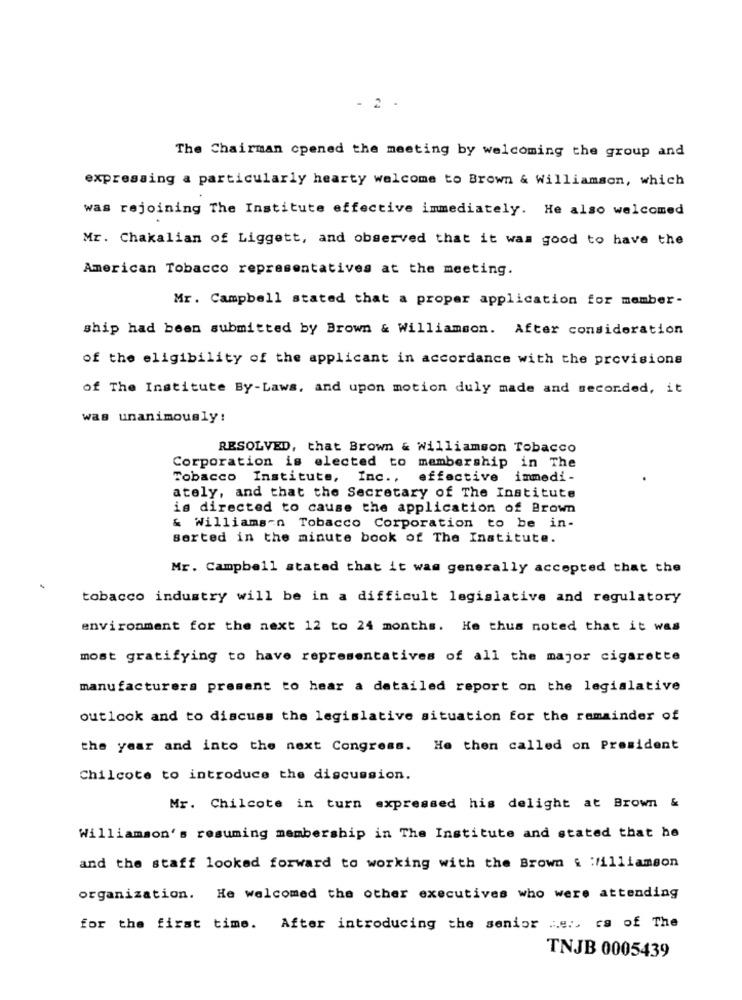
- 2 .
The Chairman opened the meeting by welcoming the group and
expressing a particularly hearty welcome to Brown & Williamson, which
was rejoining The Institute effective immediately. He also welcomed
Mr. Chakalian of Liggett, and observed that it was good to have the
American Tobacco representatives at the meeting.
Mr. Campbell stated that a proper application for member-
ship had been submitted by Brown & Williamson. After consideration
of the eligibility of the applicant in accordance with the provisions
of The Institute By-Laws, and upon motion duly made and seconded, it
was unanimously:
RESOLVED, that Brown & Williamson Tobacco
Corporation is elected to membership in The
Tobacco Institute, Inc .,
effective immedi-
ately, and that the Secretary of The Institute
is directed to cause the application of Brown
& Williams-n Tobacco Corporation to be in-
serted in the minute book of The Institute.
Mr. Campbell stated that it was generally accepted that the
tobacco industry will be in a difficult legislative and regulatory
environment for the next 12 to 24 months. He thus noted that it was
most gratifying to have representatives of all the major cigarette
manufacturers present to hear a detailed report on the legislative
outlook and to discuss the legislative situation for the remainder of
the year and into the next Congress. He then called on President
Chilcote to introduce the discussion.
Mr. Chilcote in turn expressed his delight at Brown &
Williamson's resuming membership in The Institute and stated that he
and the staff looked forward to working with the Brown & :illiamson
organization. He welcomed the other executives who were attending
for the first time. After introducing the senior .. e ., ra of The
TNJB 0005439